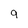
Character: q